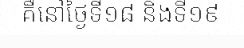
គឺនៅថ្ងៃទី១៨ និងទី១៩